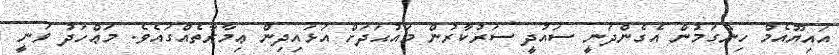
އައިޔޫއެމް ހިންގަމުން އެގެންދަނީ ސައުދީ ސަރުކާރުން މައުޙަދަށް އަޅައިދިން ޢިމާރާތެއްގައެވެ. މަޢްހަދު ވަނީ